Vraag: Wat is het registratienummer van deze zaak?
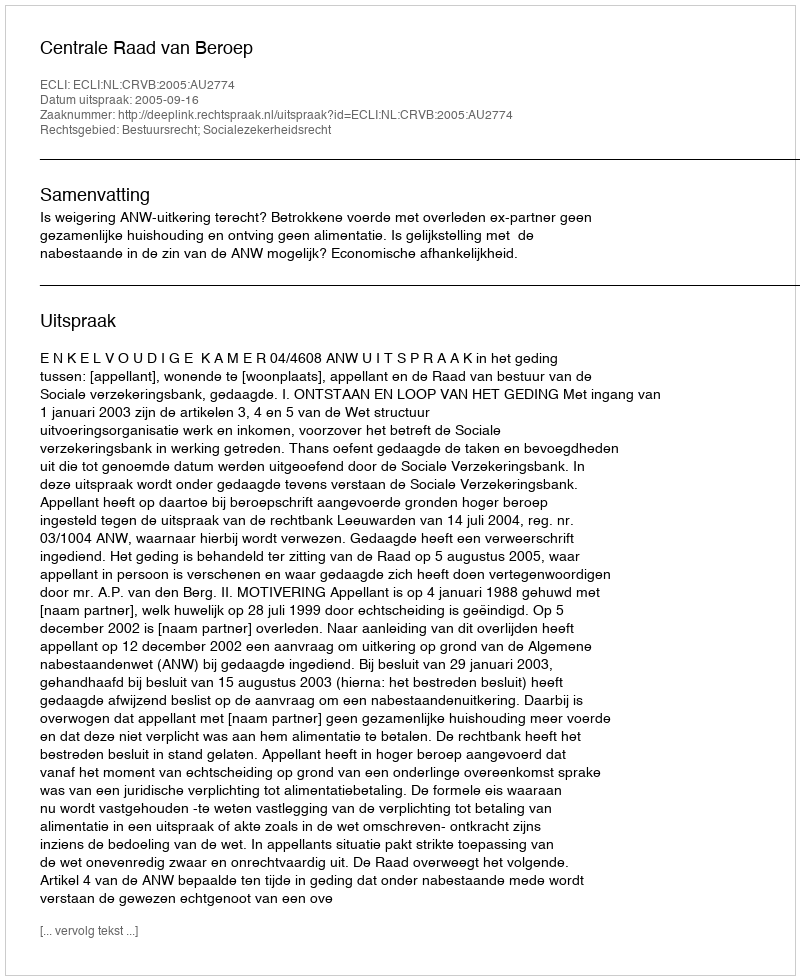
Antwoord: http://deeplink.rechtspraak.nl/uitspraak?id=ECLI:NL:CRVB:2005:AU2774